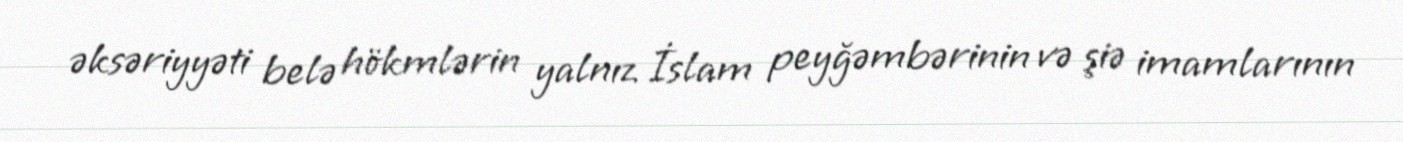
əksəriyyəti belə hökmlərin yalnız İslam peyğəmbərinin və şiə imamlarının